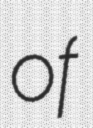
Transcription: of